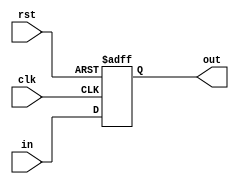
module PC(input[9:0] in, input clk, rst, output reg [9:0] out);
    always @(posedge clk, posedge rst)begin
        if(rst) out = 10'b0;   
        else out <= in;
    end
endmodule